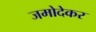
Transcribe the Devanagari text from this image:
जमोदेकर